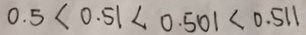
0 . 5 < 0 . 5 1 < 0 . 5 0 1 < 0 . 5 1 1